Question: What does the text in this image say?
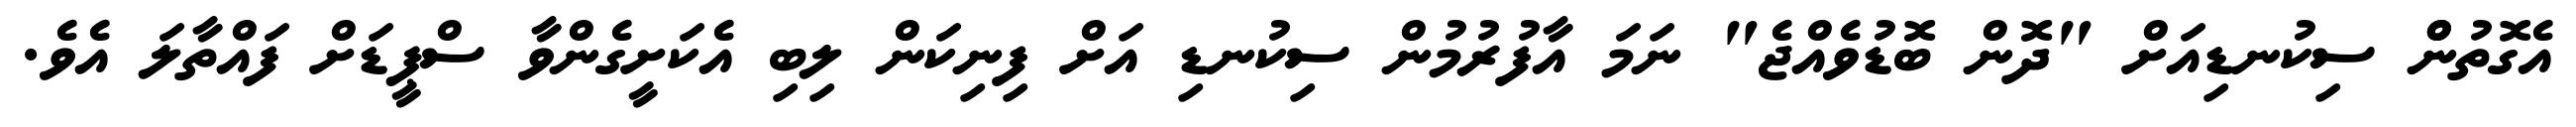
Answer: އެގޮތުންް ސިކުނޑިއަށް "ދޮން ބޮޑުވެއްޖެ" ނަމަ އާފުރުމުން ސިކުނޑި އަށް ފިނިކަން ލިބި އެކަށީގެންވާ ސްޕީޑަށް ފައްތާލަ އެވެ.